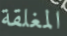
المغلقة